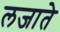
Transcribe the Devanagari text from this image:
लजाते